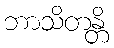
ဘာသိတန္တိ